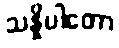
သန္နိပါတော